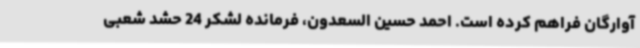
آوارگان فراهم کرده است. احمد حسین السعدون، فرمانده لشکر 24 حشد شعبی